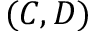
( C , D )